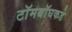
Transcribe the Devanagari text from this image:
टॉमबॉघकडे